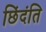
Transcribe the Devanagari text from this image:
छिंदंति